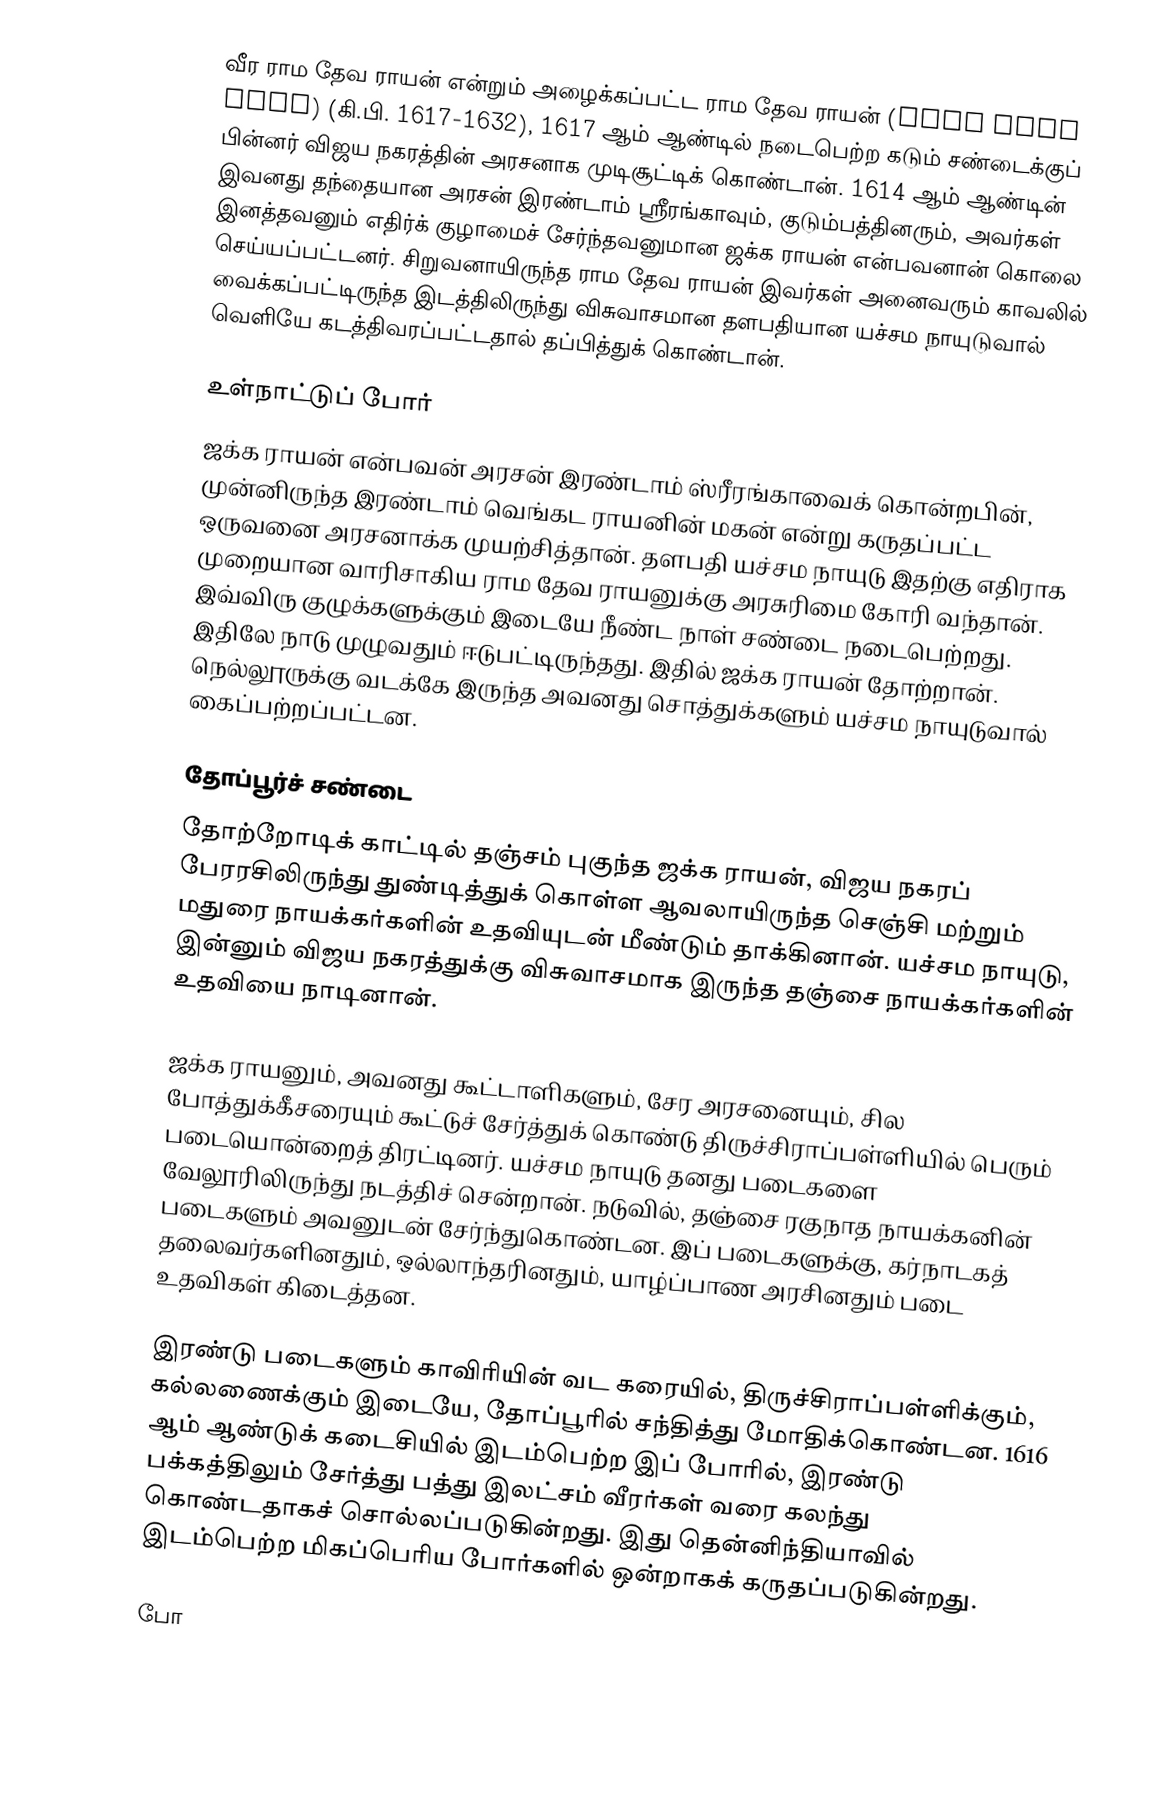
வீர ராம தேவ ராயன் என்றும் அழைக்கப்பட்ட ராம தேவ ராயன் (Rama Deva Raya) (கி.பி. 1617-1632), 1617 ஆம் ஆண்டில் நடைபெற்ற கடும் சண்டைக்குப் பின்னர் விஜய நகரத்தின் அரசனாக முடிசூட்டிக் கொண்டான். 1614 ஆம் ஆண்டின் இவனது தந்தையான அரசன் இரண்டாம் ஸ்ரீரங்காவும், குடும்பத்தினரும், அவர்கள் இனத்தவனும் எதிர்க் குழாமைச் சேர்ந்தவனுமான ஜக்க ராயன் என்பவனான் கொலை செய்யப்பட்டனர். சிறுவனாயிருந்த ராம தேவ ராயன் இவர்கள் அனைவரும் காவலில் வைக்கப்பட்டிருந்த இடத்திலிருந்து விசுவாசமான தளபதியான யச்சம நாயுடுவால் வெளியே கடத்திவரப்பட்டதால் தப்பித்துக் கொண்டான்.

உள்நாட்டுப் போர்
ஜக்க ராயன் என்பவன் அரசன் இரண்டாம் ஸ்ரீரங்காவைக் கொன்றபின், முன்னிருந்த  இரண்டாம் வெங்கட ராயனின் மகன் என்று கருதப்பட்ட ஒருவனை அரசனாக்க முயற்சித்தான். தளபதி யச்சம நாயுடு இதற்கு எதிராக முறையான வாரிசாகிய ராம தேவ ராயனுக்கு அரசுரிமை கோரி வந்தான். இவ்விரு குழுக்களுக்கும் இடையே நீண்ட நாள் சண்டை நடைபெற்றது. இதிலே நாடு முழுவதும் ஈடுபட்டிருந்தது. இதில் ஜக்க ராயன் தோற்றான். நெல்லூருக்கு வடக்கே இருந்த அவனது சொத்துக்களும் யச்சம நாயுடுவால் கைப்பற்றப்பட்டன.

தோப்பூர்ச் சண்டை
தோற்றோடிக் காட்டில் தஞ்சம் புகுந்த ஜக்க ராயன், விஜய நகரப் பேரரசிலிருந்து துண்டித்துக் கொள்ள ஆவலாயிருந்த செஞ்சி மற்றும் மதுரை நாயக்கர்களின் உதவியுடன் மீண்டும் தாக்கினான். யச்சம நாயுடு, இன்னும் விஜய நகரத்துக்கு விசுவாசமாக இருந்த தஞ்சை நாயக்கர்களின் உதவியை நாடினான்.

ஜக்க ராயனும், அவனது கூட்டாளிகளும், சேர அரசனையும், சில போத்துக்கீசரையும் கூட்டுச் சேர்த்துக் கொண்டு திருச்சிராப்பள்ளியில் பெரும் படையொன்றைத் திரட்டினர். யச்சம நாயுடு தனது படைகளை வேலூரிலிருந்து நடத்திச் சென்றான். நடுவில், தஞ்சை ரகுநாத நாயக்கனின் படைகளும் அவனுடன் சேர்ந்துகொண்டன. இப் படைகளுக்கு, கர்நாடகத் தலைவர்களினதும், ஒல்லாந்தரினதும், யாழ்ப்பாண அரசினதும் படை உதவிகள் கிடைத்தன.

இரண்டு படைகளும் காவிரியின் வட கரையில், திருச்சிராப்பள்ளிக்கும், கல்லணைக்கும் இடையே, தோப்பூரில் சந்தித்து மோதிக்கொண்டன. 1616 ஆம் ஆண்டுக் கடைசியில் இடம்பெற்ற இப் போரில், இரண்டு பக்கத்திலும் சேர்த்து பத்து இலட்சம் வீரர்கள் வரை கலந்து கொண்டதாகச் சொல்லப்படுகின்றது. இது தென்னிந்தியாவில் இடம்பெற்ற மிகப்பெரிய போர்களில் ஒன்றாகக் கருதப்படுகின்றது.

போ